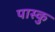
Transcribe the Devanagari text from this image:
पास्कु